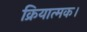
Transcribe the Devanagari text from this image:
क्रियात्मक।